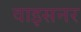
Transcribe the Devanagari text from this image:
वाइसनर